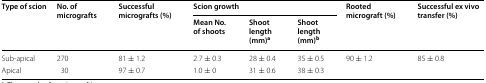
<table><thead><tr><td rowspan="2"><b>Type of scion</b></td><td rowspan="2"><b>No. of micrografts</b></td><td rowspan="2"><b>Successful micrografts (%)</b></td><td colspan="3"><b>Scion growth</b></td><td rowspan="2"><b>Rooted micrograft (%)</b></td><td rowspan="2"><b>Successful ex vivo transfer (%)</b></td></tr><tr><td><b>Mean No. of shoots</b></td><td><b>Shoot length (mm)<sup>a</sup></b></td><td><b>Shoot length (mm)<sup>b</sup></b></td></tr></thead><tbody><tr><td>Sub-apical</td><td>270</td><td>81 ± 1.2</td><td>2.7 ± 0.3</td><td>28 ± 0.4</td><td>35 ± 0.5</td><td rowspan="2">90 ± 1.2</td><td rowspan="2">85 ± 0.8</td></tr><tr><td>Apical</td><td>30</td><td>97 ± 0.7</td><td>1.0 ± 0</td><td>31 ± 0.6</td><td>38 ± 0.3</td></tr></tbody></table>